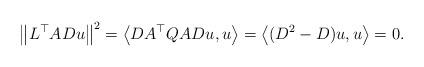
LaTeX: \begin{align*}\left\| L^\top ADu\right\|^2 = \left\langle DA^\top Q ADu, u \right\rangle= \left\langle (D^2-D)u, u\right\rangle = 0. \end{align*}